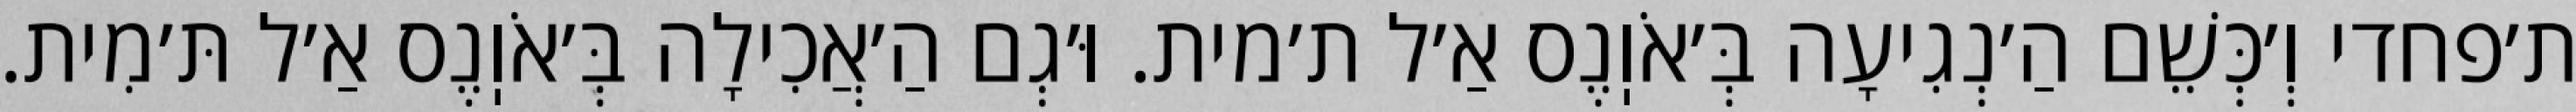
ת׳פחדי וְ׳כְּשֵׁם הַ׳נְגִיעָה בְּ׳אֹוֽנֶס אַ׳ל ת׳מית. וּ׳גְם הַ׳אֲכִילָה בְּ׳אֹוֽנֶס אַ׳ל תּ׳מִית.